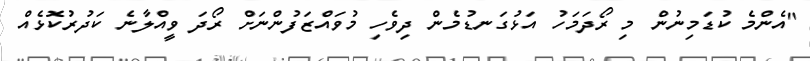
"އެންމެ ކުޑަމިނުން މި ރޯދަމަހު އަޅުގަނޑުމެން ދިވެހި މުވައްޒަފުންނަށް ރޯދަ ވީއްލާނެ ކަދުރުކޮޅެއް